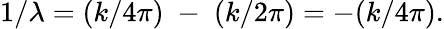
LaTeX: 1/\lambda=(k/4\pi)\; -\; (k/2\pi)=-(k/4\pi).